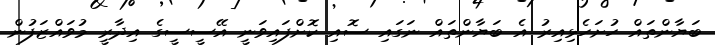
ބަޔާންތައް ހުށަހެޅިއިރު އެ ބަޔާންތައް ނަގައި ސޮއި ކޮށްފައިވަނީ އޭސީސީގެ އިދާރީ މުވައްޒަފުން